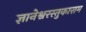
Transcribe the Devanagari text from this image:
ज्ञानेश्वरस्तुकाराम